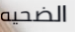
الضحيه